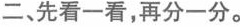
二、先看一看，再分一分。